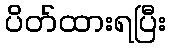
ပိတ်ထားရပြီး